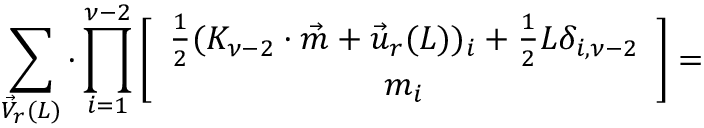
\sum _ { \vec { V } _ { r } ( L ) } \cdot \prod _ { i = 1 } ^ { \nu - 2 } \left[ \begin{array} { c } { { \frac { 1 } { 2 } ( K _ { \nu - 2 } \cdot \vec { m } + \vec { u } _ { r } ( L ) ) _ { i } + \frac { 1 } { 2 } L \delta _ { i , \nu - 2 } } } \\ { { m _ { i } } } \end{array} \right] =